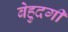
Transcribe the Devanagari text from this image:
बेहुदगी